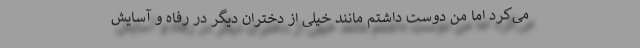
می‌کرد اما من دوست داشتم مانند خیلی از دختران دیگر در رفاه و آسایش